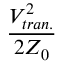
\frac { V _ { t r a n . } ^ { 2 } } { 2 Z _ { 0 } }